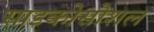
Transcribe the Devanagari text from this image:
साइकोसोशल